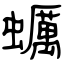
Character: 蠣